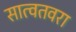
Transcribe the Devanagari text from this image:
सात्वतवरा